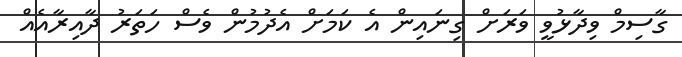
ގާސިމް ވިދާޅުވީ ވަރަށް ގިނައިން އެ ކަމަށް އެދުމުން ވެސް ހަތަރު ދާއިރާއެއް